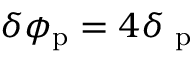
\delta \phi _ { \mathrm { p } } = 4 \delta { \it \Psi } _ { \mathrm { p } }